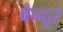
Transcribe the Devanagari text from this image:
बैन्दूर